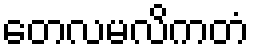
တေလမလိကတံ